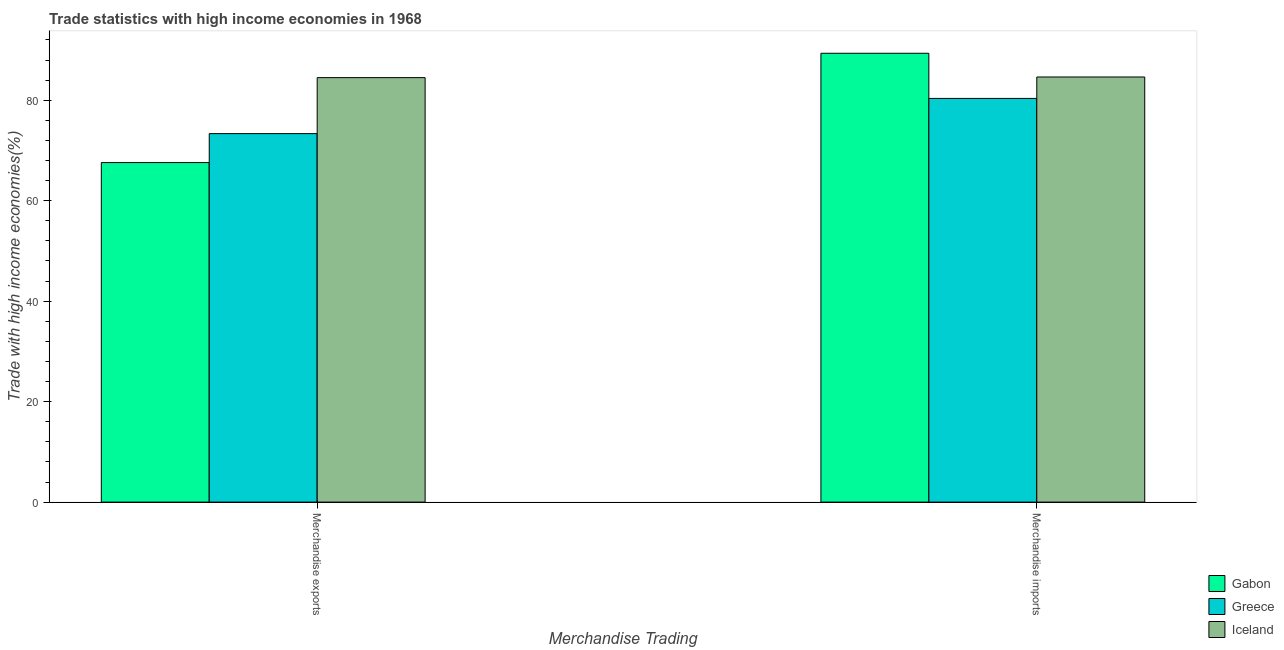
| Merchandise Trading | Gabon | Greece | Iceland |
 | --- | --- | --- | --- |
 | Merchandise exports | 67.6 | 73.3 | 84.5 |
 | Merchandise imports | 89.3 | 80.4 | 84.6 |